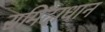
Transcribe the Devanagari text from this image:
समिदाधान